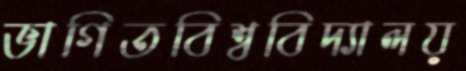
ভাগিতবিশ্ববিদ্যালয়